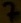
Text: 7